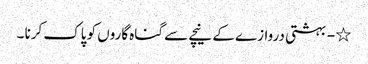
٭ - بہشتی دروازے کے نیچے سے گناہ گاروں کو پاک کرنا ۔